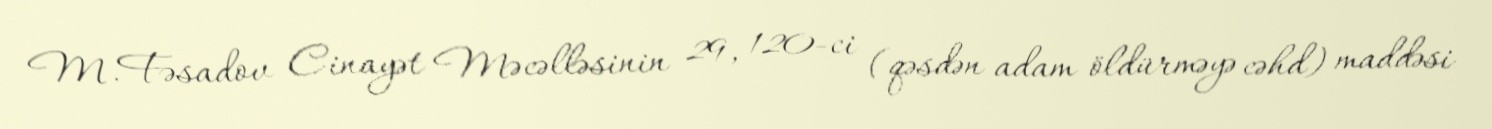
M.Fəsadov Cinayət Məcəlləsinin 29, 120-ci (qəsdən adam öldürməyə cəhd) maddəsi